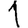
Digit: 1